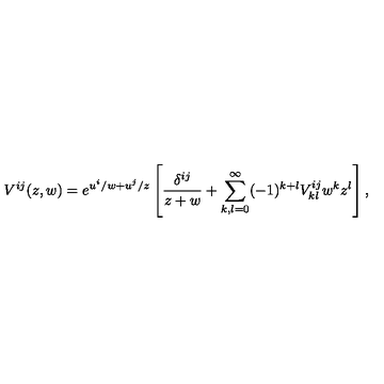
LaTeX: V ^ { i j } ( z , w ) = e ^ { u ^ { i } / w + u ^ { j } / z } \left[ { \frac { \delta ^ { i j } } { z + w } } + \sum _ { k , l = 0 } ^ { \infty } ( - 1 ) ^ { k + l } V _ { k l } ^ { i j } w ^ { k } z ^ { l } \right] ,